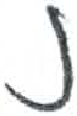
אות: נ